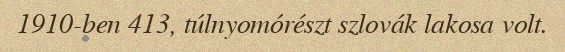
1910-ben 413, túlnyomórészt szlovák lakosa volt.